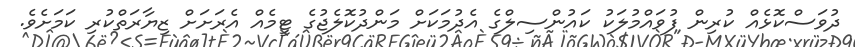
ދުވަސްކޮޅެއް ކުރިން ފުވައްމުލަކު ކައުންސިލްގެ އެދުމަކަށް މަންދުކޮލެޖުގެ ޓީމެއް އެރަށަށް ޒިޔާރަތްކުރި ކަމަށެވެ.